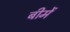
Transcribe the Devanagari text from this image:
बीमें